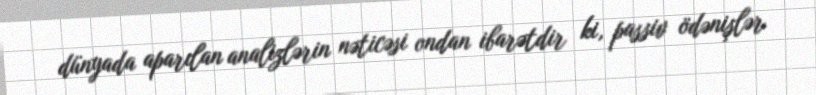
dünyada aparılan analizlərin nəticəsi ondan ibarətdir ki, passiv ödənişlər